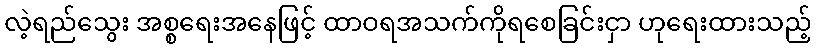
လဲ့ရည်သွေး အစ္စရေးအနေဖြင့် ထာဝရအသက်ကိုရစေခြင်းငှာ ဟုရေးထားသည့်